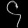
Digit: ၄